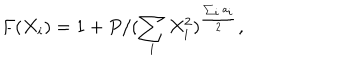
F ( X _ { i } ) = 1 + P / ( \sum _ { i } X _ { i } ^ { 2 } ) ^ { \frac { \sum _ { i } a _ { i } } { 2 } } ,